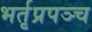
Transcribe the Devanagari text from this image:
भर्तृप्रपञ्च